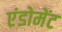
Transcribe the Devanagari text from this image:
एंडोमेंट